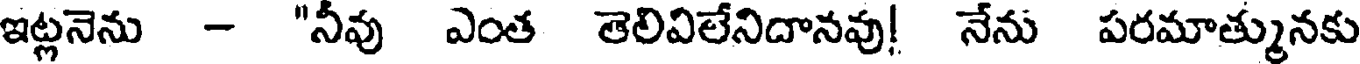
ఇట్లనెను - "నీవు ఎంత తెలివిలేనిదానవు! నేను పరమాత్మునకు